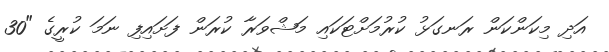
އަދި މިކަންކަން ރަނގަޅު ކުރުމަށްޓަކައި މަޝްވަރާ ކުރަން ފަށައިފި ނަމަ ކުރީގެ "30